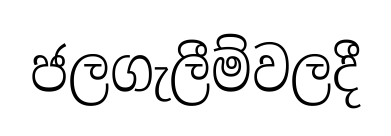
ජලගැලීම්වලදී